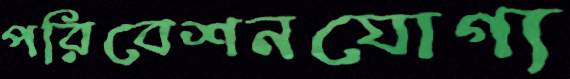
পরিবেশনযোগ্য